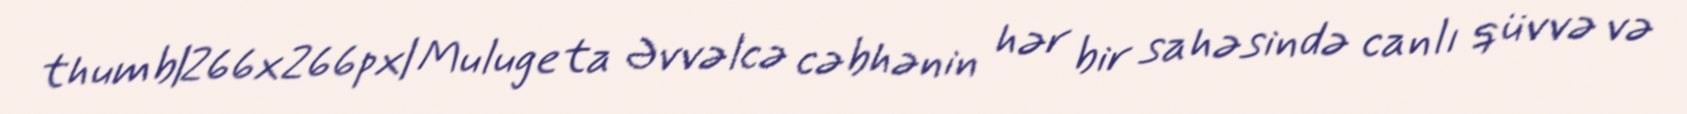
thumb|266x266px| Mulugeta Əvvəlcə cəbhənin hər bir sahəsində canlı qüvvə və